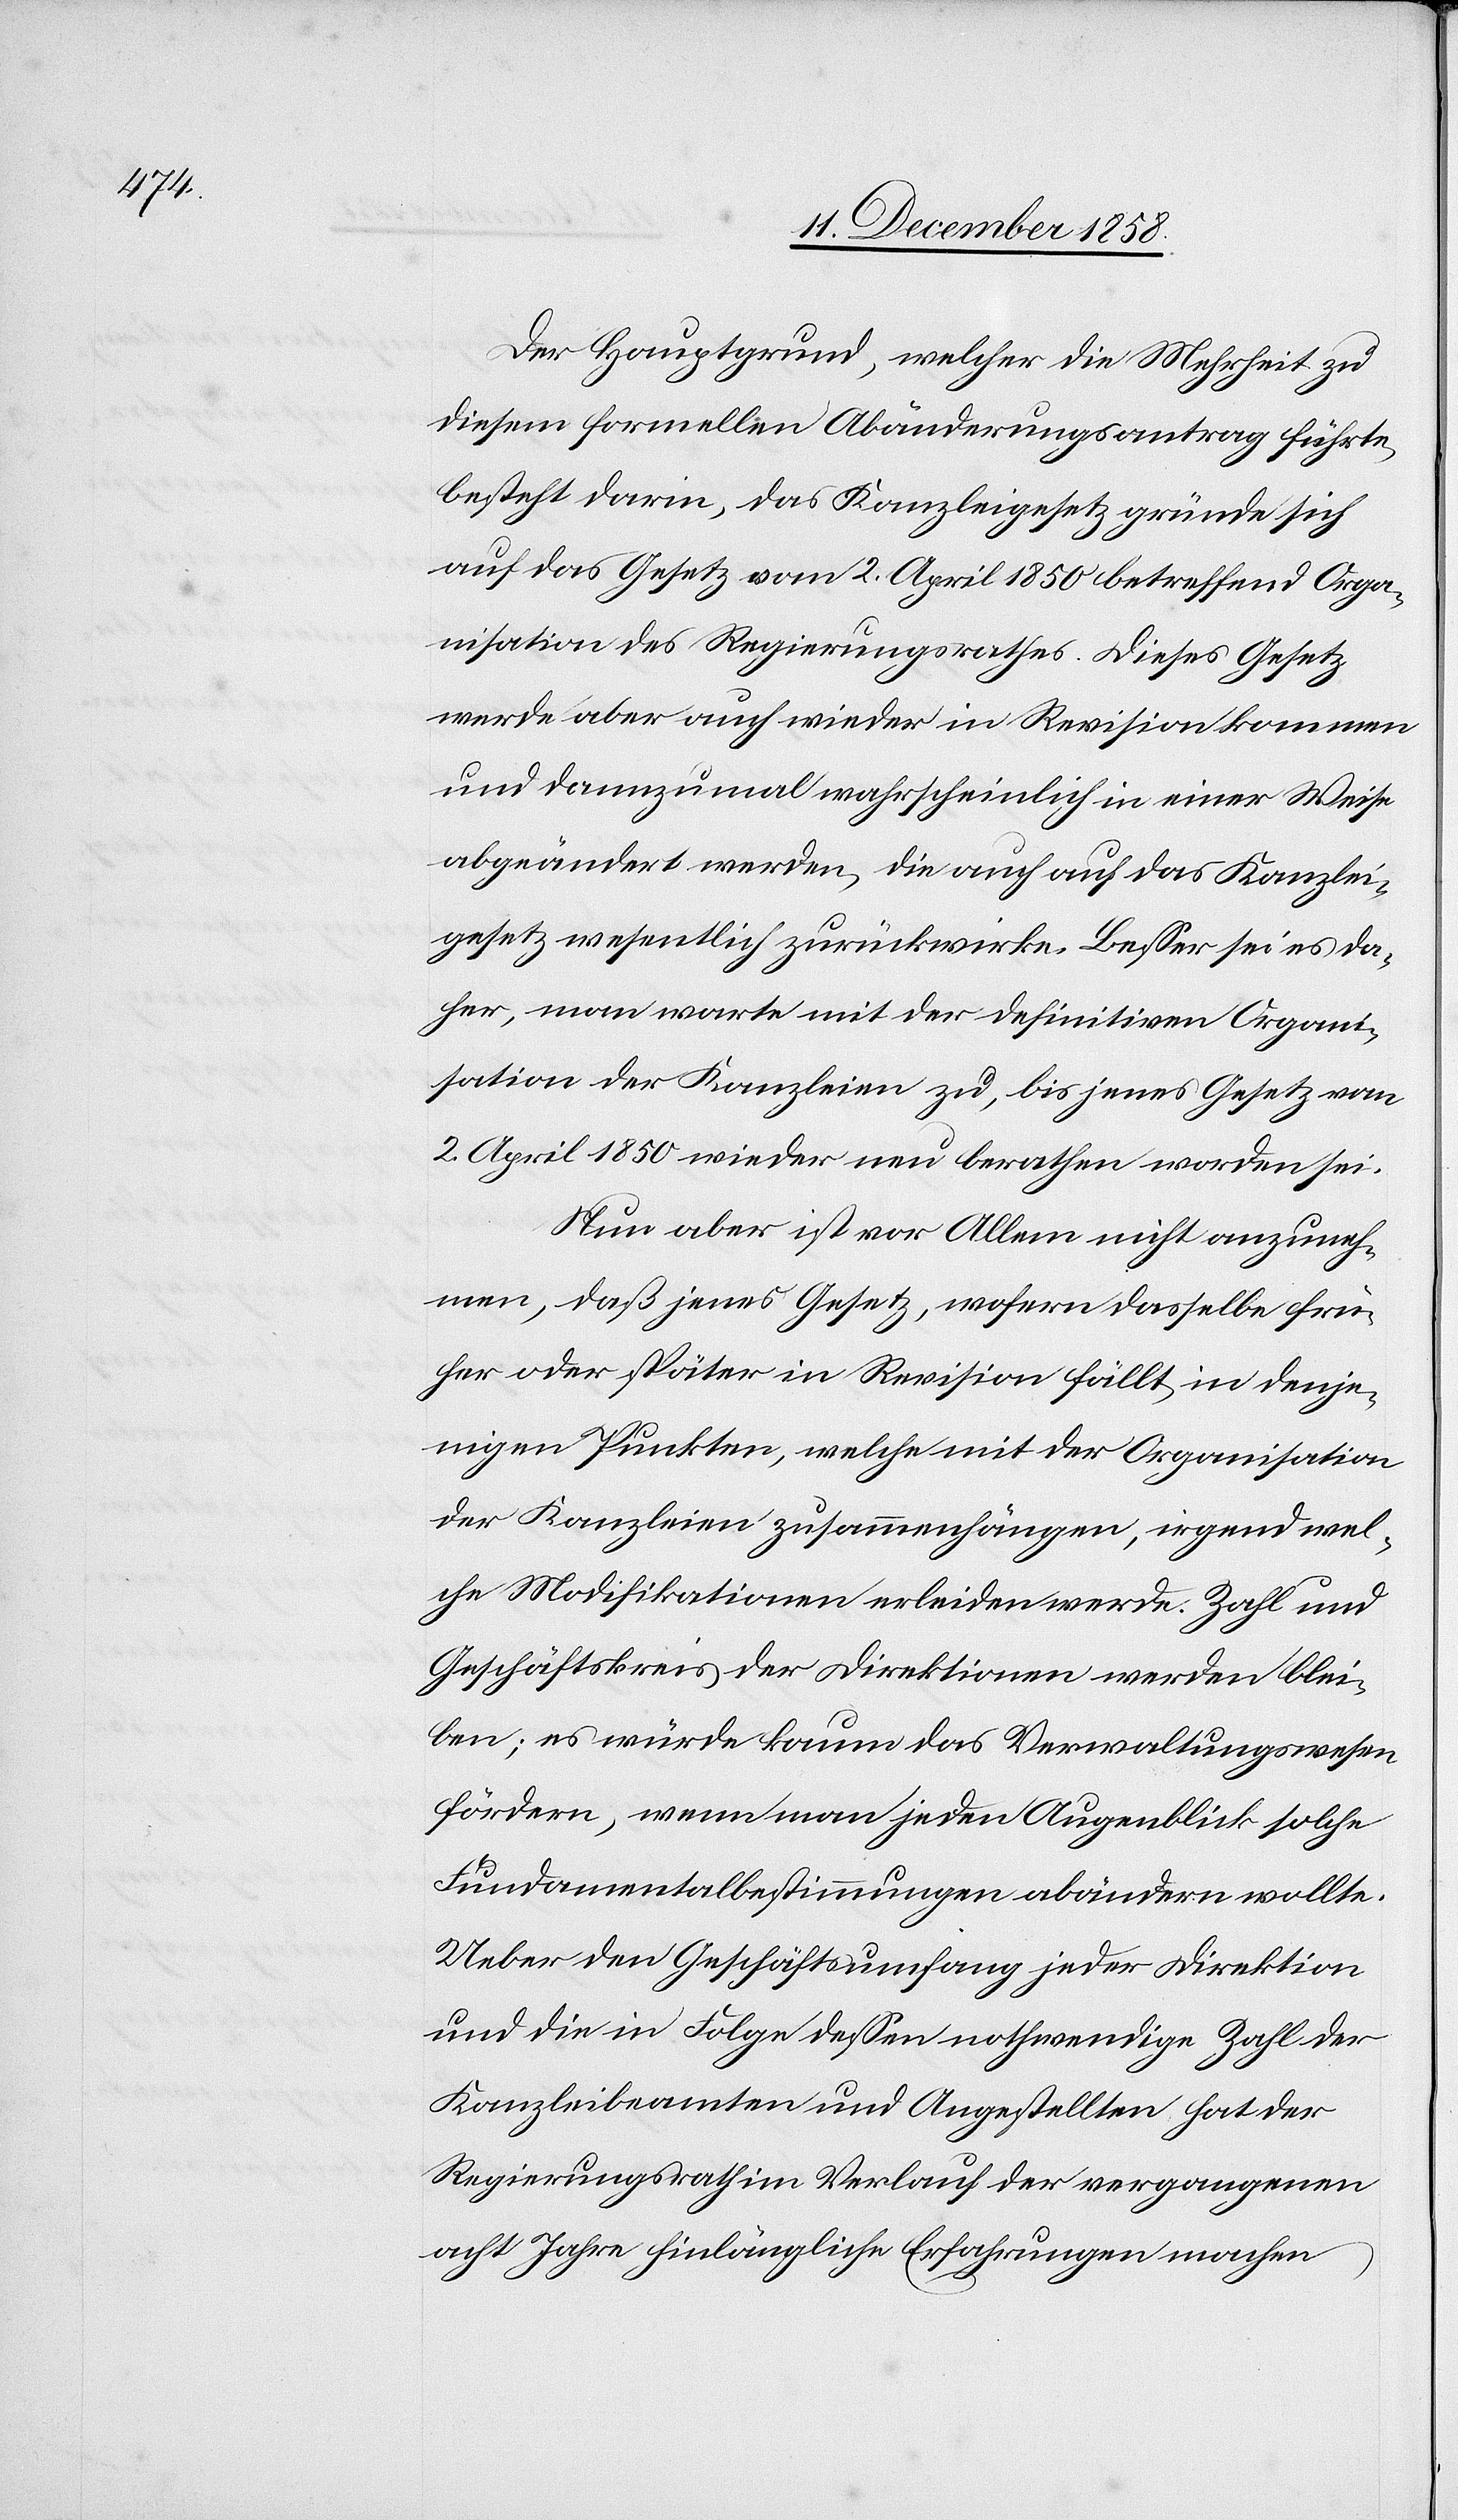
Der Hauptgrund, welcher die Mehrheit zu
diesem formellen Abänderungsantrag führte,
besteht darin, das Kanzleigesetz gründe sich
auf das Gesetz vom 2. April 1850 betreffend Orga¬
nisation des Regierungsrathes. Dieses Gesetz
werde aber auch wieder in Revision kommen
und dannzumal wahrscheinlich in einer Weise
abgeändert werden, die auch auf das Kanzlei¬
gesetz wesentlich zurückwirke. Besser sei es da¬
her, man warte mit der definitiven Organi¬
sation der Kanzleien zu, bis jenes Gesetz vom
2. April 1850 wieder neu berathen worden sei.
Nun aber ist vor Allem nicht anzuneh¬
men, daß jenes Gesetz, wofern dasselbe frü¬
her oder später in Revision fällt, in denje¬
nigen Punkten, welche mit der Organisation
der Kanzleien zusammenhängen, irgend wel¬
che Modifikationen erleiden werde. Zahl und
Geschäftskreis der Direktionen werden blei¬
ben; es würde kaum das Verwaltungswesen
fördern, wenn man jeden Augenblick solche
Fundamentalbestimmungen abändern wollte.
Ueber den Geschäftsumfang jeder Direktion
und die in Folge dessen nothwendige Zahl der
Kanzleibeamten und Angestellten hat der
Regierungsrath im Verlauf der vergangenen
acht Jahre hinlängliche Erfahrungen machen